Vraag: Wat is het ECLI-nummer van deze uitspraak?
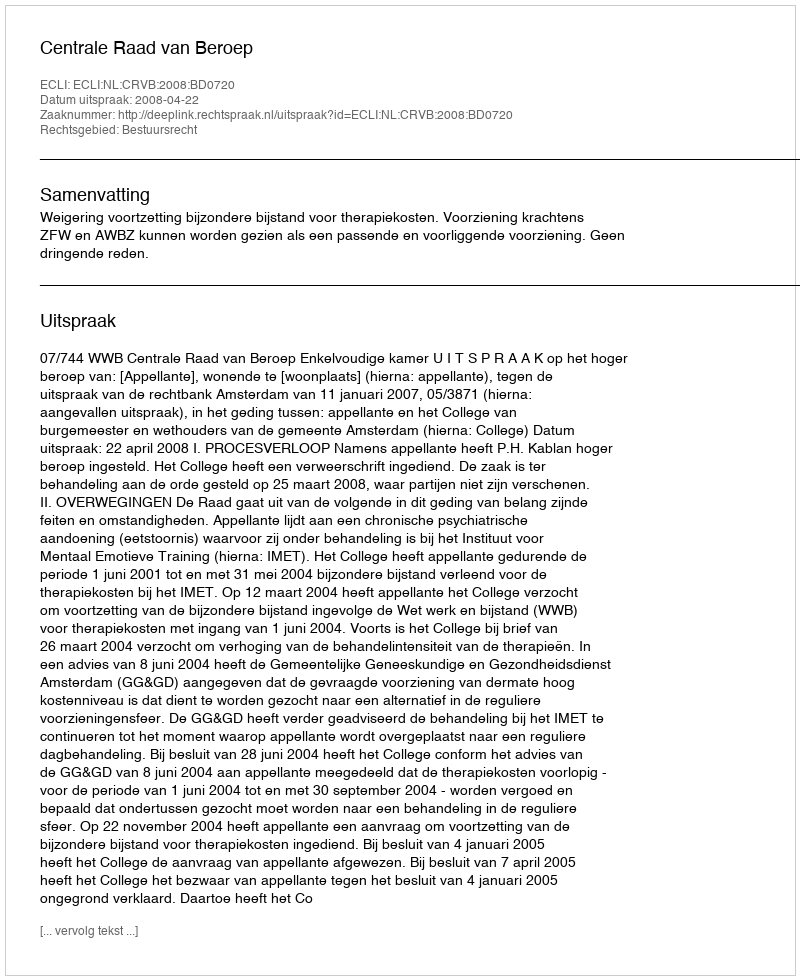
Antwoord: ECLI:NL:CRVB:2008:BD0720